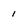
Character: I